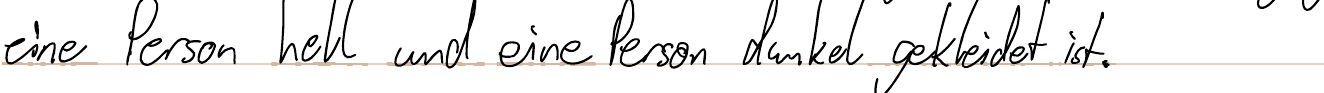
eine Person hell und eine Person dunkel gekleidet ist.